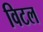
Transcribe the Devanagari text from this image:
विटल